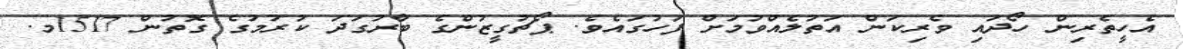
އެހީތެރިން ހޯދައި ވެރިކަން އަތުލެއްވުމަށް ފަހުގައެވެ. ޕޯޗުގީޒުންގެ ބާރުގަދަ ކުރުމުގެ ގޮތުން 1517މ.